Indian journal of veterinary science and animal husbandry - Volume 8,
Year: 1938
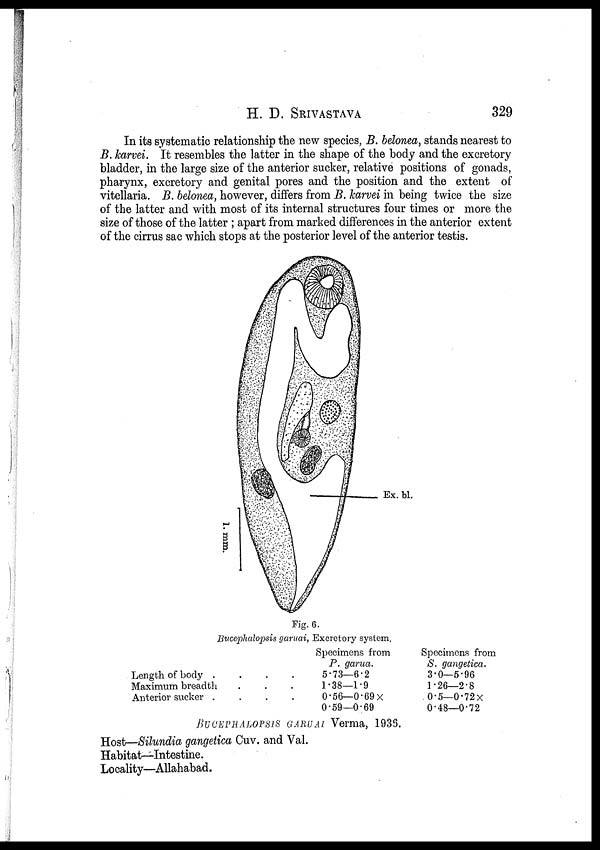
H. D.
SRIVASTAVA
329
In its systematic relationship the new species, B. belonea, stands nearest to
B. karvei. It resembles the latter in the shape of the body and the excretory
bladder, in the large size of the anterior sucker, relative positions of gonads,
pharynx, excretory and genital pores and the position and the extent of
vitellaria. B. belonea, however, differs from B. karvei in being twice the size
of the latter and with most of its internal structures four times or more the
size of those of the latter ; apart from marked differences in the anterior extent
of the cirrus sac which stops at the posterior level of the anterior testis.
Fig. 6.
Buccphalopsis garuai, Excretory system.
Length of body . . . .
Maximum breadth . . .
Anterior sucker . . . .
Specimens from
P. garua.
5.73—6.2
1.38—1.9
0.56— 0.69×
0.59—0.69
Specimens from
S. gangetica.
3.0—5.96
1.26—2.8
0.5—0.72×
0.48—0.72
BUCEPHALOPSIS GARUAI Verma, 1936.
Host—Silundia gangetica Cuv. and Val.
Habitat—Intestine.
Locality—Allahabad.